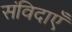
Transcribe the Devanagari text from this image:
संविदाएँ